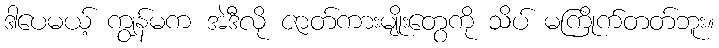
ဒါပေမယ့် ကျွန်မက အဲဒီလို ဇာတ်ကားမျိုးတွေကို သိပ် မကြိုက်တတ်ဘူး။